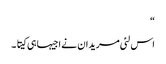
“
اس لئی مریدان نے اجیہا ہی کیتا ۔